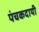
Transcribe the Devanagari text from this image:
पंचकदायी